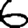
Digit: 6